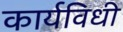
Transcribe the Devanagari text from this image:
कार्यविधी